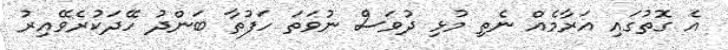
އެ ގޮތުގައި އަރާމެއް ނެތި މުޅި ދުވަސް ނުވަތަ ހަފުތާ ބަންދު ހޭދަކުރެވޭއިރު